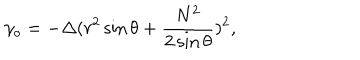
LaTeX: \gamma _ { o } = - \Delta ( r ^ { 2 } \sin \theta + \frac { N ^ { 2 } } { 2 \sin \theta } ) ^ { 2 } ,